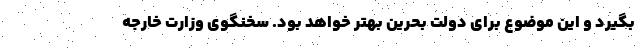
بگیرد و این موضوع برای دولت بحرین بهتر خواهد بود. سخنگوی وزارت خارجه